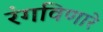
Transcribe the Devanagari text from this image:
रंगविणारे